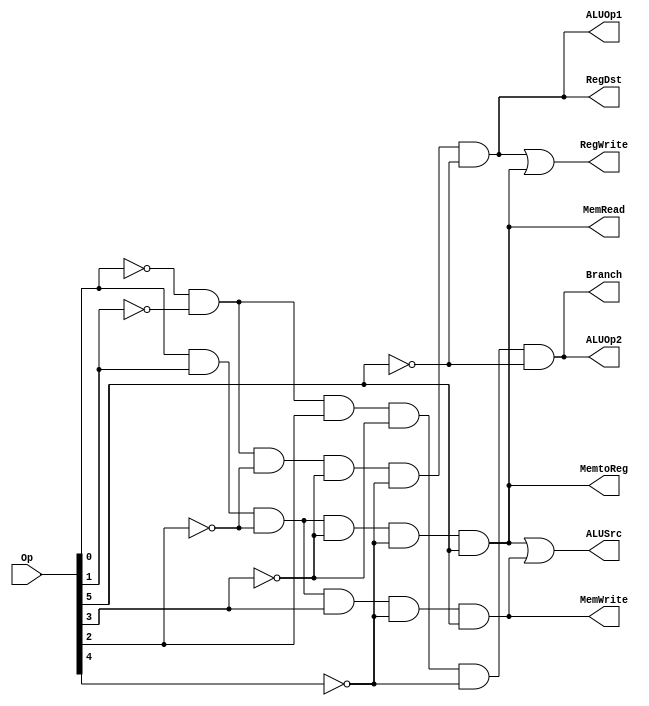
module MCU(RegDst,ALUSrc, MemtoReg, RegWrite,
MemRead, MemWrite,Branch,ALUOp1,ALUOp2,Op);
    input [5:0] Op;

    output RegDst,ALUSrc,MemtoReg, RegWrite, MemRead,
           MemWrite,Branch,ALUOp1,ALUOp2;

    wire Rformat, lw, sw, beq;

    // AND-ing stuff
    assign Rformat = (~Op[0]) & (~Op[1]) & (~Op[2]) & (~Op[3]) & (~Op[4]) & (~Op[5]);
    assign lw = (Op[0]) & (Op[1]) & (~Op[2]) & (~Op[3]) & (~Op[4]) & (Op[5]);
    assign sw = (Op[0]) & (Op[1]) & (~Op[2]) & (Op[3]) & (~Op[4]) & (Op[5]);
    assign beq = (~Op[0]) & (~Op[1]) & (Op[2]) & (~Op[3]) & (~Op[4]) & (~Op[5]);

    // OR-ing the results
    assign RegDst = Rformat;
    assign ALUSrc = lw | sw;
    assign MemtoReg = lw;
    assign RegWrite = Rformat | lw;
    assign MemRead = lw;
    assign MemWrite = sw;
    assign Branch = beq;
    assign ALUOp1 = Rformat;
    assign ALUOp2 = beq;
endmodule